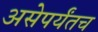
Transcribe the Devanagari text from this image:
असेपर्यंतच